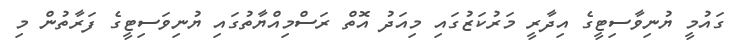
ގައުމީ ޔުނިވާސިޓީގެ އިދާރީ މަރުކަޒުގައި މިއަދު އޮތް ރަސްމިއްޔާތުގައި ޔުނިވަސިޓީގެ ފަރާތުން މި